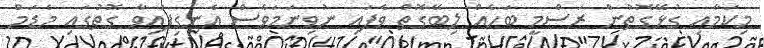
މިކަމާއި ގުޅޭގޮތުން ރަސްމީ ބަހެއް ލިބޭގޮތް ވެފައި ނުވިނަމަވެސް އެނގިފައިވާ ގޮތުގައި މެޑަމް